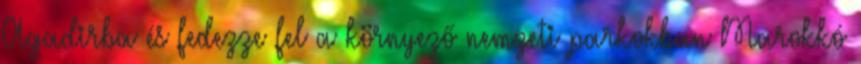
Agadirba és fedezze fel a környező nemzeti parkokban Marokkó